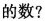
的数?